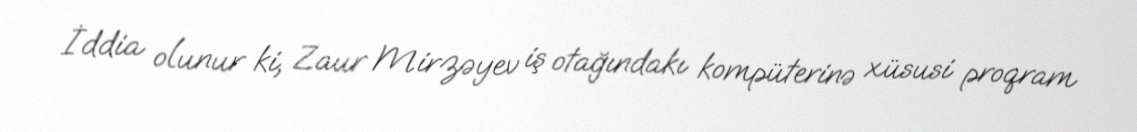
İddia olunur ki, Zaur Mirzəyev iş otağındakı kompüterinə xüsusi proqram